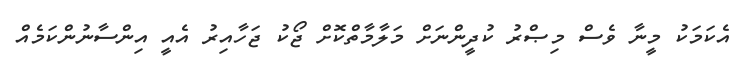
އެކަމަކު މީނާ ވެސް މިޞްރު ކުދީންނަށް މަލާމާތްކޮށް ޖޯކު ޖަހާއިރު އެއީ އިންސާނުންކަމެއް